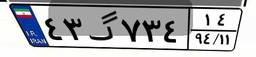
۴۳گ۷۳۴۱۴